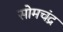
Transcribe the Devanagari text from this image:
सोमचंद्र